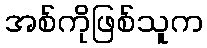
အစ်ကိုဖြစ်သူက